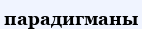
парадигманы